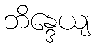
ဘိန္ဒေယျ